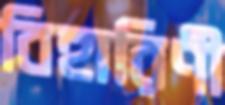
বিহারিণী